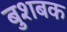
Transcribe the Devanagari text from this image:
बुशबक